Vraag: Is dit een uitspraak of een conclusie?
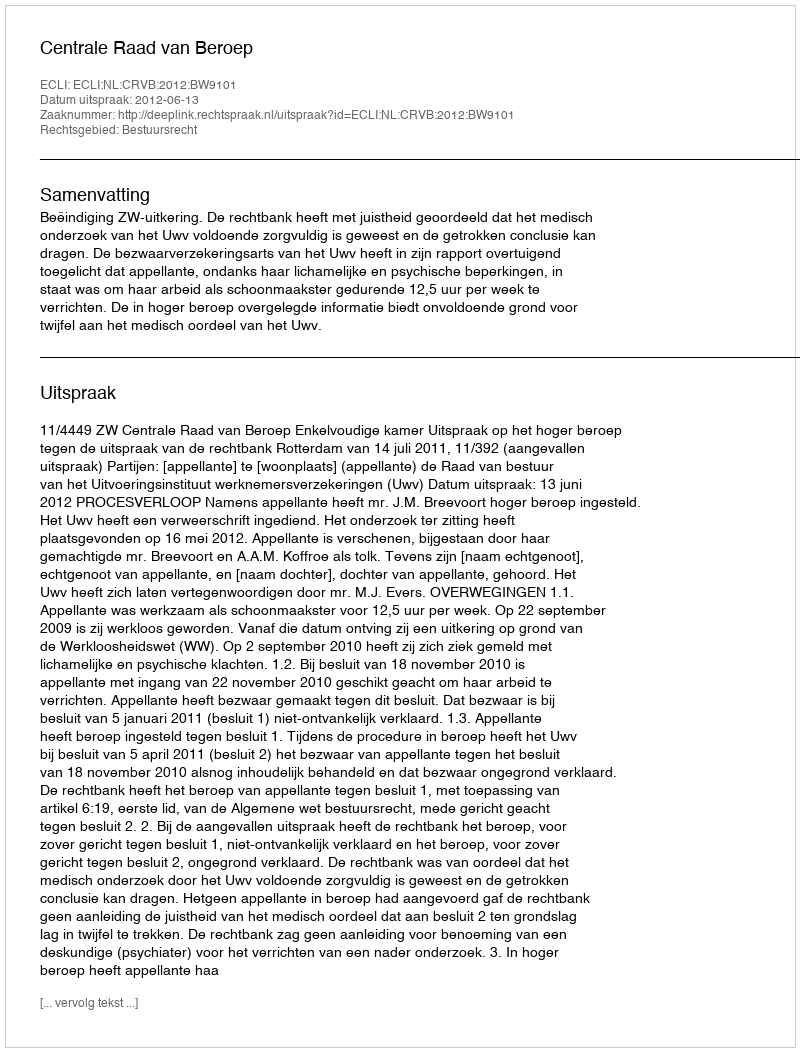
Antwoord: Uitspraak